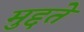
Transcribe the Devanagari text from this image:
मुद्दते